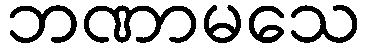
ဘဏာမသေ